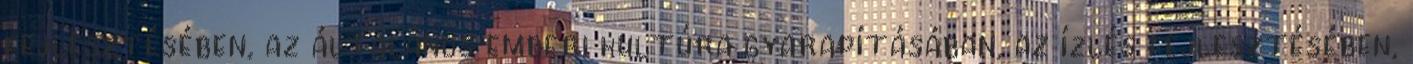
fejlesztésében, az általános emberi kultúra gyarapításában, az ízlés fejlesztésében,